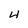
Character: 4